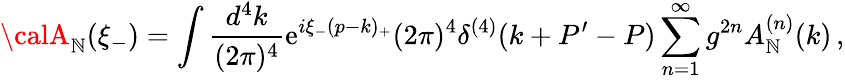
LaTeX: {\calA}_{\mathbb{N}}(\xi_{-})=\int\frac{{d^{4}k}}{{(2\pi)^{4}}}\mathrm{{e}}^{i\xi_{-}(p-k)_{+}}(2\pi)^{4}\delta^{(4)}(k+P^{\prime}-P)\sum_{n=1}^{\infty}g^{2n}A_{\mathbb{N}}^{(n)}(k)\, ,